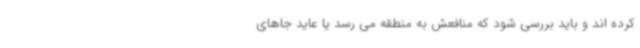
کرده اند و باید بررسی شود که منافعش به منطقه می رسد یا عاید جاهای